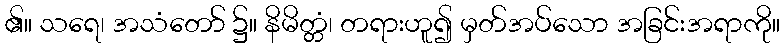
၏။ သရေ၊ အသံတော် ၌။ နိမိတ္တံ၊ တရားဟူ၍ မှတ်အပ်သော အခြင်းအရာကို။